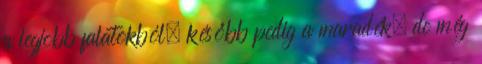
a legjobb falatokból, később pedig a maradék, de még